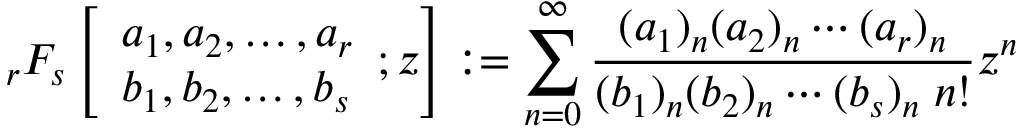
_ { r } F _ { s } \left[ { \begin{array} { l } { a _ { 1 } , a _ { 2 } , \dotsc , a _ { r } } \\ { b _ { 1 } , b _ { 2 } , \dotsc , b _ { s } } \end{array} } ; z \right] : = \sum _ { n = 0 } ^ { \infty } { \frac { ( a _ { 1 } ) _ { n } ( a _ { 2 } ) _ { n } \dotsb ( a _ { r } ) _ { n } } { ( b _ { 1 } ) _ { n } ( b _ { 2 } ) _ { n } \dotsb ( b _ { s } ) _ { n } \; n ! } } z ^ { n }